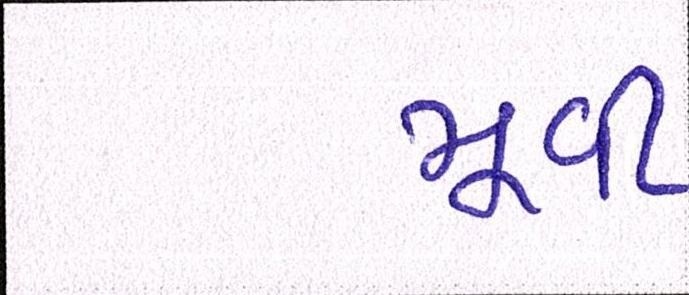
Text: મૂવી